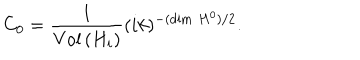
LaTeX: C _ { 0 } = \frac { 1 } { \mathrm { V o l } \, ( H _ { i } ) } ( i k ) ^ { - ( \dim \, H ^ { 0 } ) / 2 } .